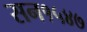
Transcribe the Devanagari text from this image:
सन१५४७